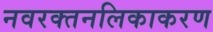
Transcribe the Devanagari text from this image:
नवरक्तनलिकाकरण